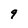
Character: 9